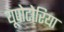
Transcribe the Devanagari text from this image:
यूपोटोरिया